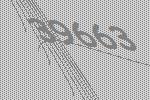
39663